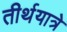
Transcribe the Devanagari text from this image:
तीर्थयात्रे